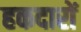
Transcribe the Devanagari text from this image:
हकदारों